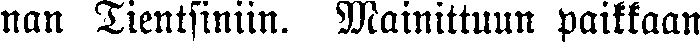
nan Tientsiniin. Mainittuun paikkaan